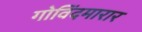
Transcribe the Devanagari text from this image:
गोविंदमारार